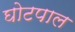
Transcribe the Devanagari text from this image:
घोटपाल